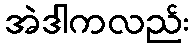
အဲဒါကလည်း